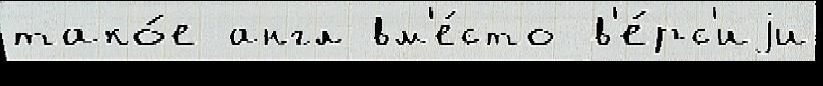
тако́е англ вм'е́сто в'е́рс'иjи